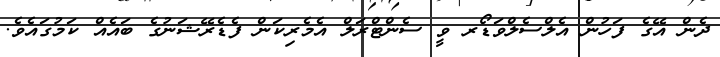
ދެން އޭގެ ފަހުން އެލްސެލްވަޑޯރ ވީ ސެންޓްރަލް އެމެރިކަން ފެޑެރޭޝަނުގެ ބައެއް ކަމުގައެވެ.